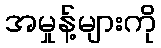
အမှုန့်များကို